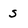
Character: S